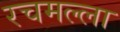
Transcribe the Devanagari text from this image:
रचमल्ला